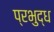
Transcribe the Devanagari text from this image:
प्रभुद्ध